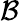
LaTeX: {\cal B}